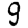
Digit: 9